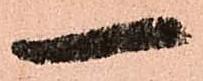
一